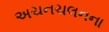
અચનચલનના